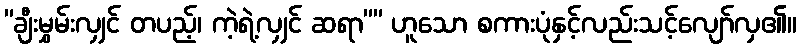
”ချီးမွှမ်းလျှင် တပည့်၊ ကဲ့ရဲ့လျှင် ဆရာ”” ဟူသော စကားပုံနှင့်လည်းသင့်လျော်လှ၏။